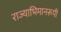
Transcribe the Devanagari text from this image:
राज्याभिमानरूपी